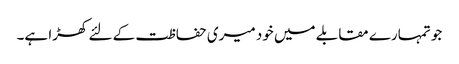
جو تمہارے مقابلے میں خود میری حفاظت کے لئے کھڑا ہے۔